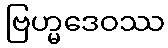
ဗြဟ္မဒေဝဿ